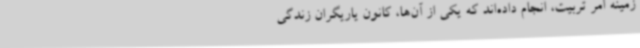
زمینه امر تربیت، انجام داده‌اند که یکی از آن‌ها، کانون یاریگران زندگی